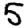
Digit: 5